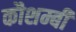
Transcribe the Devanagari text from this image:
कौशम्बी